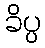
ခိပ္ပ